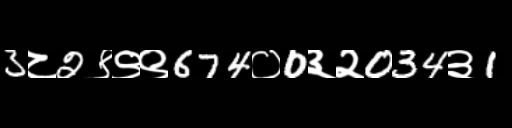
Text: 3८2९९९674०0३२034३1